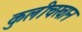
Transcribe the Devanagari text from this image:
कुलीचखान